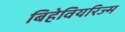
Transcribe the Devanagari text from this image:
बिहेवियरिज्म